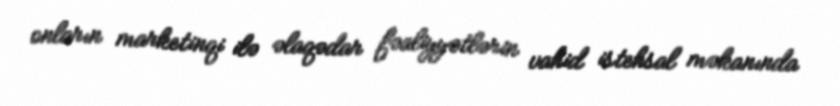
onların marketinqi ilə əlaqədar fəaliyyətlərin vahid istehsal məkanında